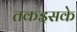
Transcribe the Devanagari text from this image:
तकइसके